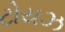
ટોયઝ